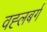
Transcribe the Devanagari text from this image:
वह्लबर्ग